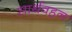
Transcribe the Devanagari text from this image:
सार्थवहन